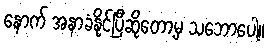
နောက် အနာခံနိုင်ပြီဆိုတော့မှ သဘောပေါ့။